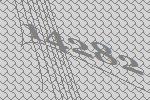
14282